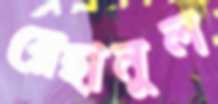
রেহানুল